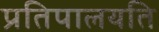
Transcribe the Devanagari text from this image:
प्रतिपालयति